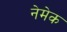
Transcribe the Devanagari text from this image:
नेमेक